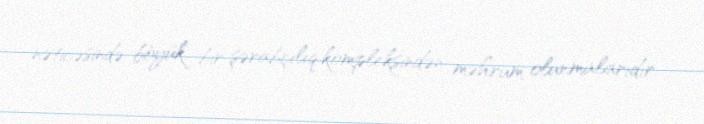
nəticəsində böyük bir şərabçılıq kompleksindən məhrum olunmalarıdır.